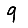
Digit: 9